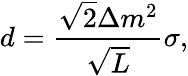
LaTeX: d=\frac{\sqrt{2}\Delta m^{2}}{\sqrt{L}}\sigma,